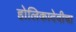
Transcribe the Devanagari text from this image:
होलिकादेवीचा